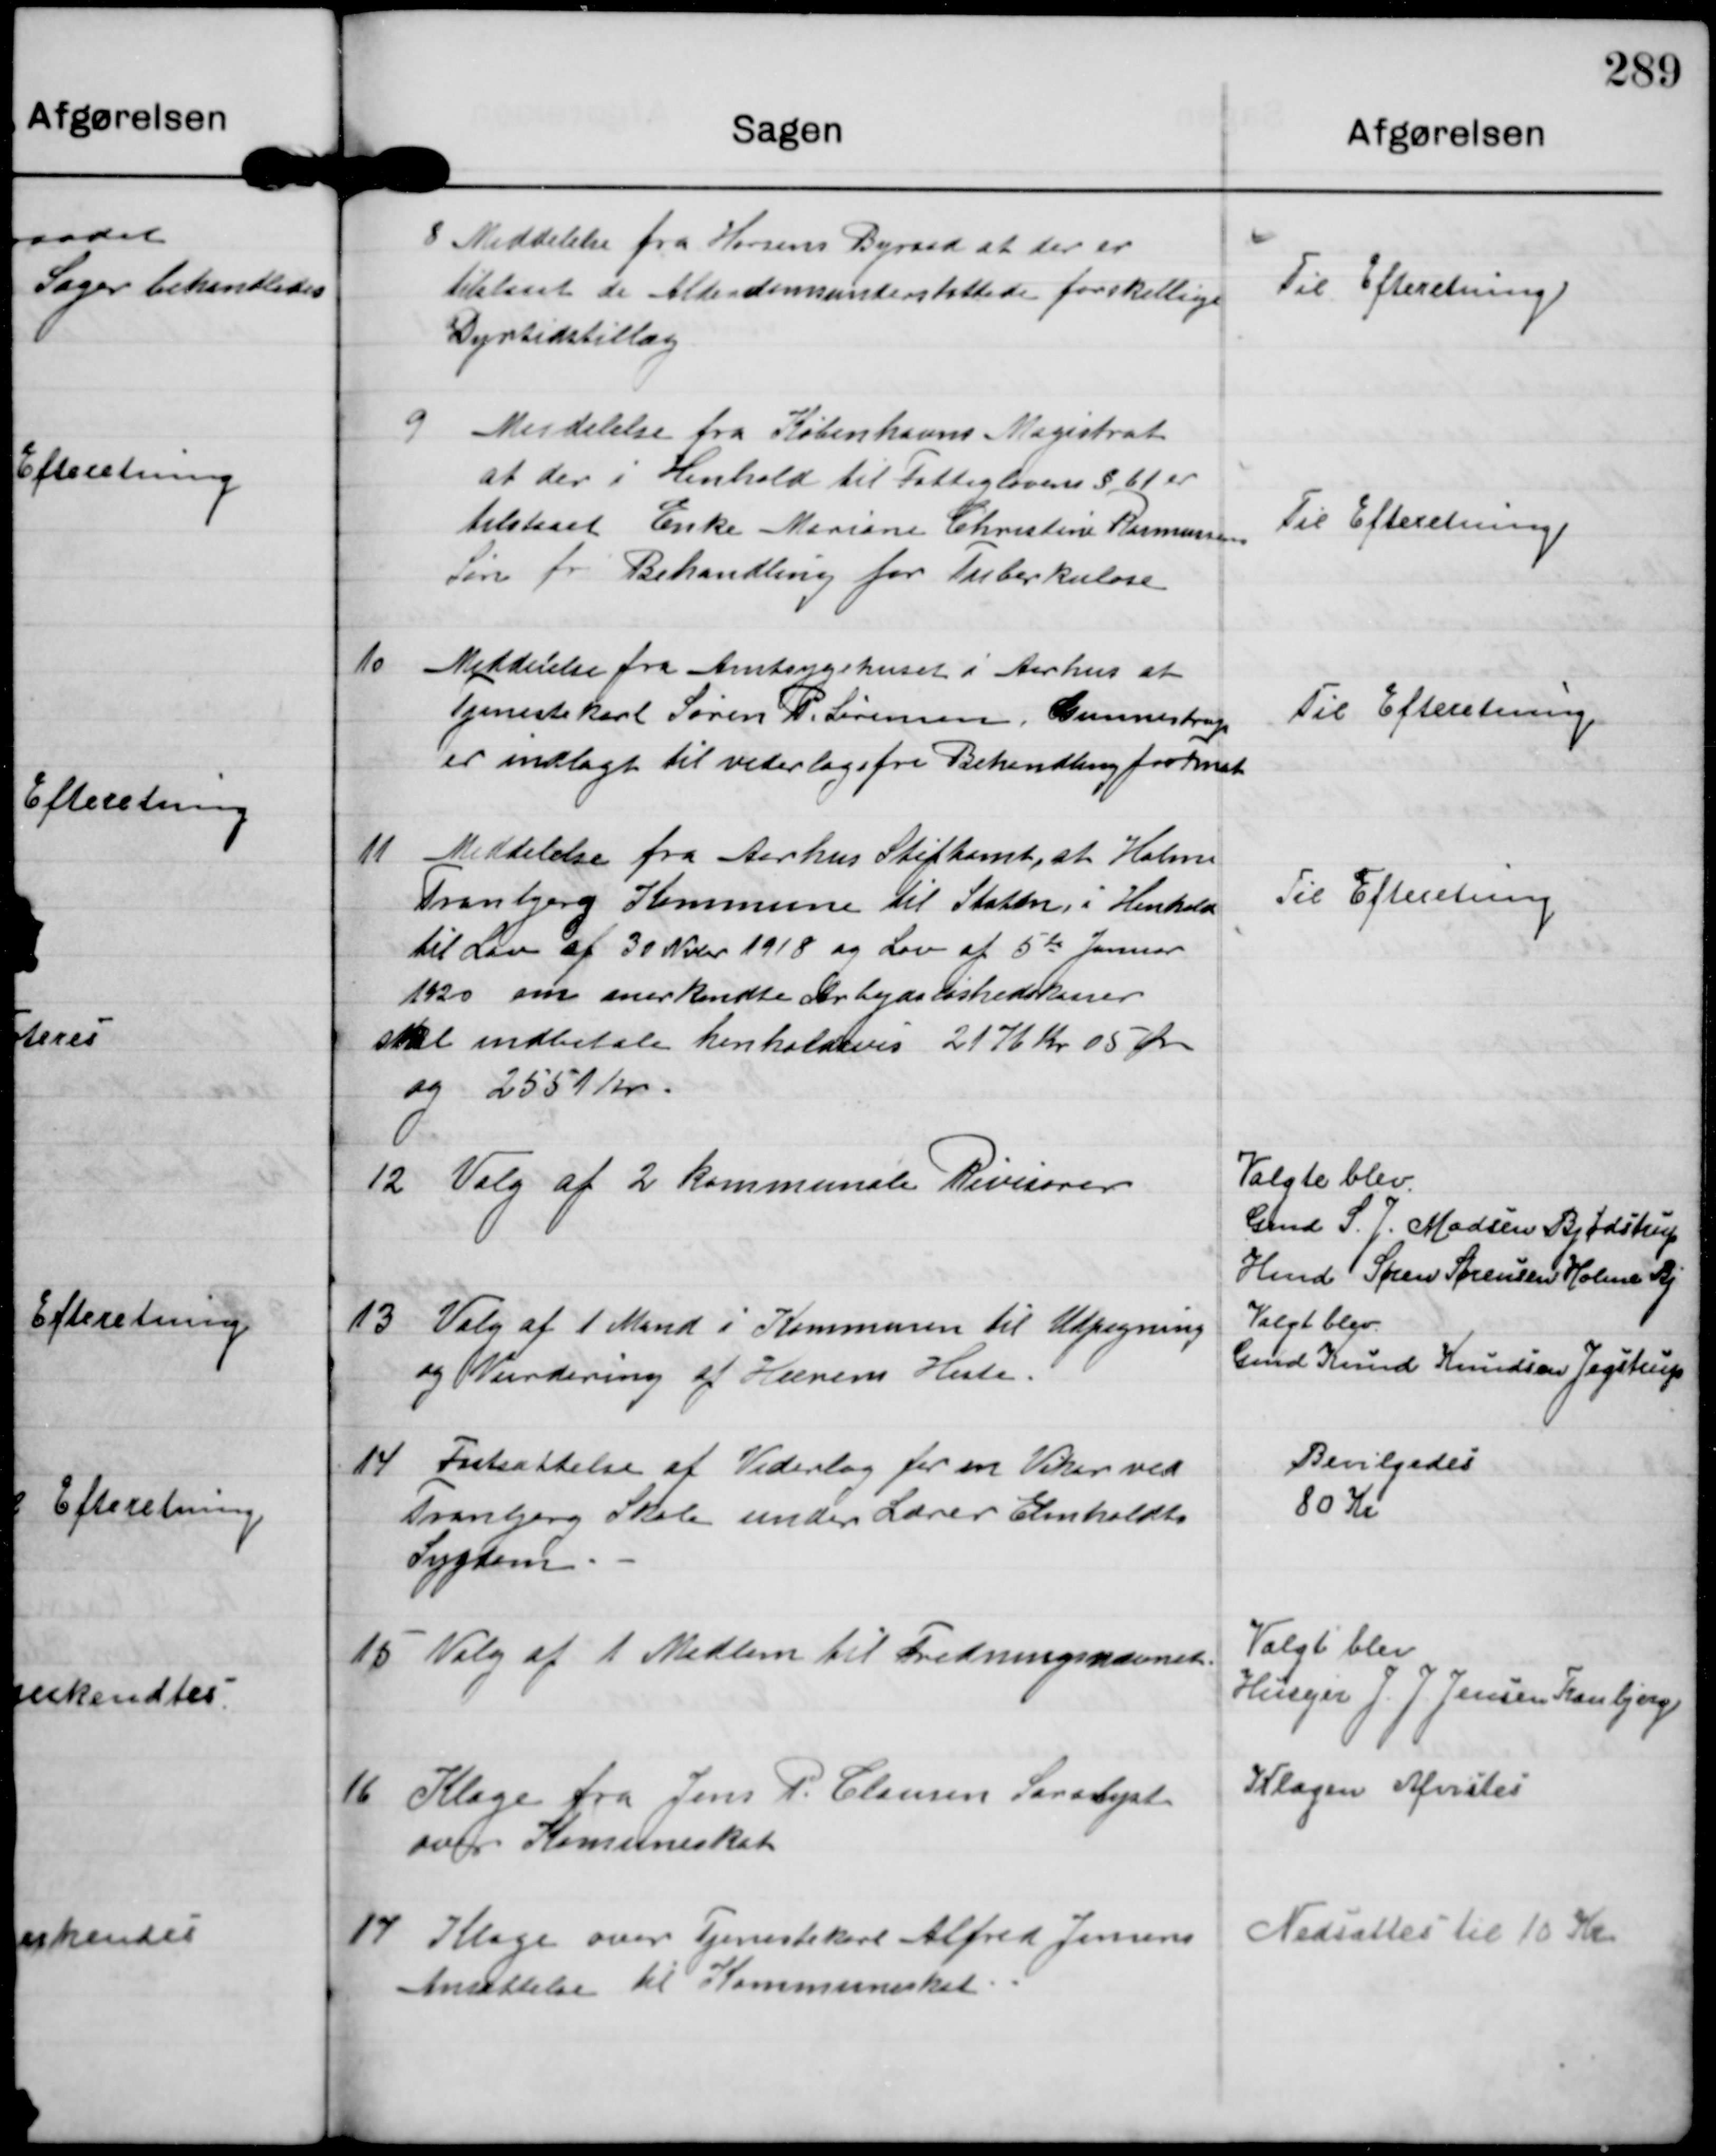
Transskription:
8

Meddelelse fra Horsens Byraad at der er
tilstaaet de Alderdomsunderstøttede forskellige
Dyrtidstillæg

Til Efteretning.

9

Meddelelse fra Københavns Magistrat
at der i Henhold til Fattiglovens §61 er
tilstaaet Enke Mariane Christine Rasmussens
Søn fri Behandling for Tuberkulose

Til Efterretning.

10

Meddelelse fra Amtssygehuset i Aarhus at
Tjenestekarl Søren P. Sørensen, Gunnestrup
er indlagt til vederlagsfri Behandling for Fnat

Til Efteretning.

11

Meddelelse fra Aarhus Stiftamt, at Holme
Tranbjerg Kommune til Staten i Henhold
til Lov af 30 Novbr 1918 og Lov af 5te Januar
1920 om anerkendte Arbejdsløshedskasser
skal indbetale henholdsvis 2176 Kr 05 Ør
og 2551 Kr

Til Efteretning

12.

Valg af 2 Kommunale Rivisorer

Valgte blev
Gmd S. J Madsen Bjødstrup
Hmd Søren Sørensen Holme Bj.

13

Valg af 1 Mand i Kommunen til Udpegning
og Vurdering af Hærens Heste.

Valgt blev
Gmd Knud Knudsen Jegstrup

14

Fastsættelse af Vederlag for en Viker ved
Tranbjerg Skole under Lærer Elmholdts
Sygdom.

Bevilgedes
80 Kr

15

Valg af 1 Medlem til Fredningsnævnet.

Valgt blev
Husejer J J Jensen Tranbjerg

16

Klage fra Jens P Clausen Saralyst
over Komuneskat

Klagen Afvistes.

17

Klage over Tjenestekarl Alfred Jensens
Ansættelse til Kommuneskat

Nedsattes til 10 Kr.